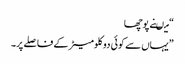
“ میںنے پوچھا
”یہاں سے کوئی دو کلومیٹر کے فاصلے پر۔